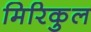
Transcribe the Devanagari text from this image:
मिरिकुल